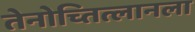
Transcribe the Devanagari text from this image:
तेनोच्तित्लानला